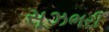
સૂઝભરી